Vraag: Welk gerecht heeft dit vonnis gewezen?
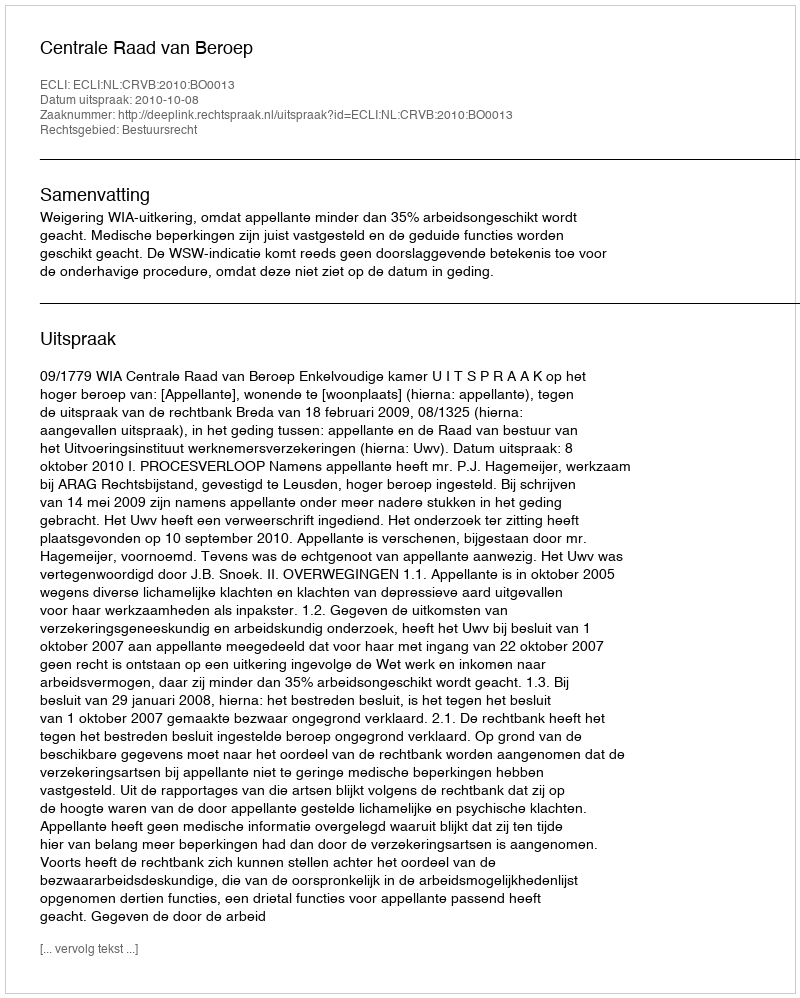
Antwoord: Centrale Raad van Beroep